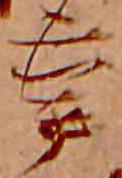
辛